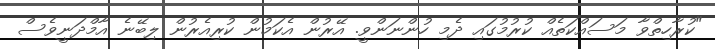
"ކުރާހިތްވާ މަސައްކަތެއް ކުރުމުގައި ދެމި ހުންނަންވީ. އޭރުން އެކަމުން ކުރިއެރުން ލިބޭނެ އާމްދަނީވެސް